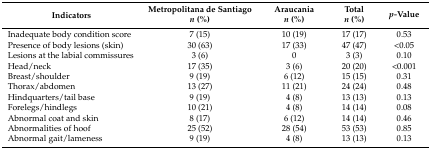
<table><thead><tr><td rowspan="2"><b>Indicators</b></td><td><b>Metropolitana de Santiago</b></td><td><b>Araucania</b></td><td><b>Total</b></td><td rowspan="2"><b><i>p-</i>Value</b></td></tr><tr><td><b><i>n</i> (%)</b></td><td><b><i>n</i> (%)</b></td><td><b><i>n</i> (%)</b></td></tr></thead><tbody><tr><td>Inadequate body condition score </td><td>7 (15)</td><td>10 (19)</td><td>17 (17)</td><td>0.53</td></tr><tr><td>Presence of body lesions (skin)</td><td>30 (63)</td><td>17 (33)</td><td>47 (47)</td><td>&lt;0.05</td></tr><tr><td>Lesions at the labial commissures</td><td>3 (6)</td><td>0</td><td>3 (3)</td><td>0.10</td></tr><tr><td>Head/neck</td><td>17 (35)</td><td>3 (6)</td><td>20 (20)</td><td>&lt;0.001</td></tr><tr><td>Breast/shoulder</td><td>9 (19)</td><td>6 (12)</td><td>15 (15)</td><td>0.31</td></tr><tr><td>Thorax/abdomen</td><td>13 (27)</td><td>11 (21)</td><td>24 (24)</td><td>0.48</td></tr><tr><td>Hindquarters/tail base</td><td>9 (19)</td><td>4 (8)</td><td>13 (13)</td><td>0.13</td></tr><tr><td>Forelegs/hindlegs</td><td>10 (21)</td><td>4 (8)</td><td>14 (14)</td><td>0.08</td></tr><tr><td>Abnormal coat and skin </td><td>8 (17)</td><td>6 (12)</td><td>14 (14)</td><td>0.46</td></tr><tr><td>Abnormalities of hoof</td><td>25 (52)</td><td>28 (54)</td><td>53 (53)</td><td>0.85</td></tr><tr><td>Abnormal gait/lameness</td><td>9 (19)</td><td>4 (8)</td><td>13 (13)</td><td>0.13</td></tr></tbody></table>